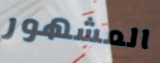
المشهور